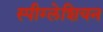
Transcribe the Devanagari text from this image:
स्पीग्लेशियन